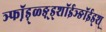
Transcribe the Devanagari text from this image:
ञ्फॉ़ड़्ळ्ङ़्ड्शॉईञ्ङॉईड्श्